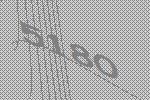
5180